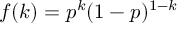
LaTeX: f ( k ) = p ^ { k } ( 1 - p ) ^ { 1 - k }